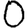
Digit: 0